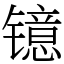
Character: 镱